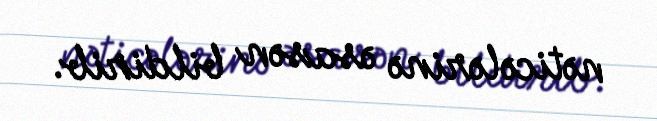
nəticələrinə əsasən bildirib.